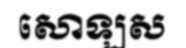
សោឡស